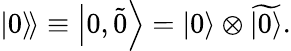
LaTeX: \left.\left|0\right\rangle\! \right\rangle\equiv\left|0,\widetilde{0}\right\rangle=\left|0\right\rangle\otimes\widetilde{\left|0\right\rangle}.